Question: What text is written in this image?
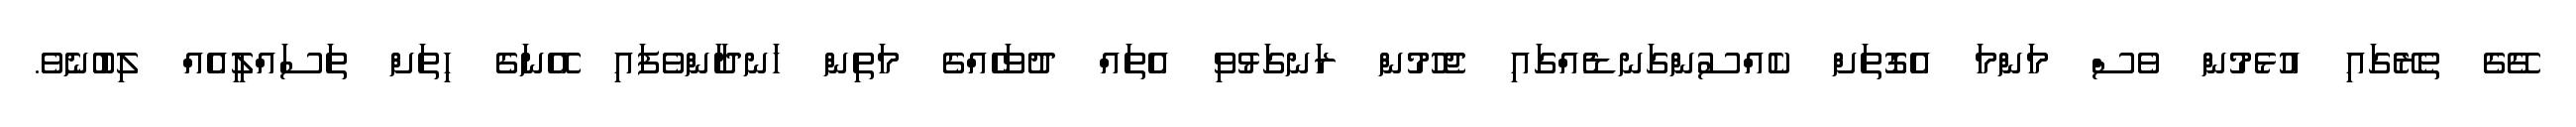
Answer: ގޭގެ ތެރޭގައި އުޅެމުން ވެސް މަންމަ އެގޮތަށް ކެއްސުންގަނޑެއްގައި ޖެހުމުން ރަނގަޅުވި އެތައް ދުވަހެއްގެ މަތިން ހަނދާންވެފައި އޭނަގެ ހިތަށް ތަސައްލީއެއް ލިބުނެވެ.